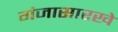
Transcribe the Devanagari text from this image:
गंजासारखे